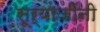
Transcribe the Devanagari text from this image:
सूर्याजींनी